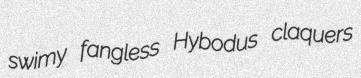
swimy fangless Hybodus claquers